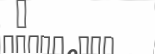
٦